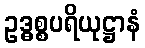
ဥဒ္ဓစ္စပရိယုဋ္ဌာနံ